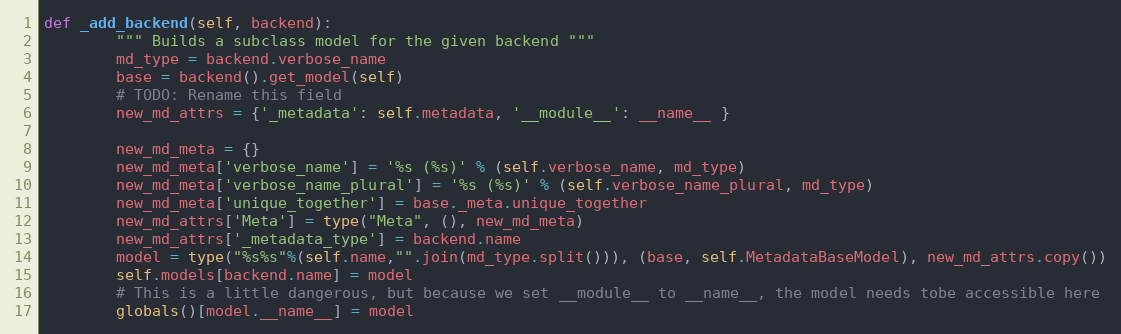
Language: Python
def _add_backend(self, backend):
        """ Builds a subclass model for the given backend """
        md_type = backend.verbose_name
        base = backend().get_model(self)
        # TODO: Rename this field
        new_md_attrs = {'_metadata': self.metadata, '__module__': __name__ }

        new_md_meta = {}
        new_md_meta['verbose_name'] = '%s (%s)' % (self.verbose_name, md_type)
        new_md_meta['verbose_name_plural'] = '%s (%s)' % (self.verbose_name_plural, md_type)
        new_md_meta['unique_together'] = base._meta.unique_together
        new_md_attrs['Meta'] = type("Meta", (), new_md_meta)
        new_md_attrs['_metadata_type'] = backend.name
        model = type("%s%s"%(self.name,"".join(md_type.split())), (base, self.MetadataBaseModel), new_md_attrs.copy())
        self.models[backend.name] = model
        # This is a little dangerous, but because we set __module__ to __name__, the model needs tobe accessible here
        globals()[model.__name__] = model